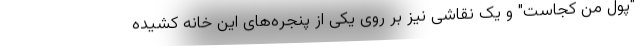
"پول من کجاست" و یک نقاشی نیز بر روی یکی از پنجره‌های این خانه کشیده